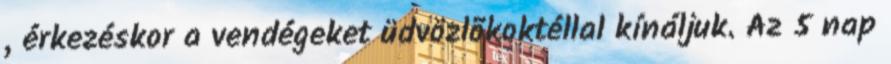
, érkezéskor a vendégeket üdvözlõkoktéllal kínáljuk. Az 5 nap